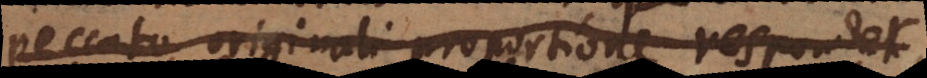
peccato originali proportione respondet,